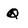
Character: Q